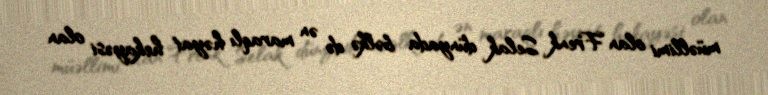
müəllimi olan Frenk Selak dünyada bəlkə də ən maraqlı həyat hekayəsi olan